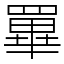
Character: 罼